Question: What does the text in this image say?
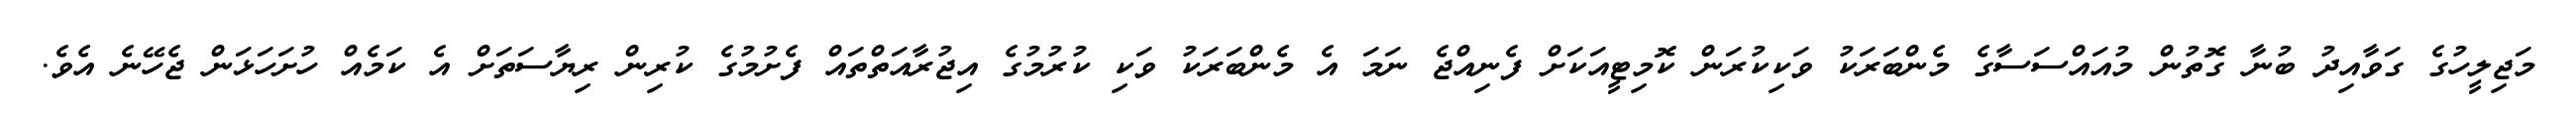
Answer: މަޖިލީހުގެ ގަވާއިދު ބުނާ ގޮތުން މުއައްސަސާގެ މެންބަރަކު ވަކިކުރަން ކޮމިޓީއަކަށް ފެނިއްޖެ ނަމަ އެ މެންބަރަކު ވަކި ކުރުމުގެ އިޖުރާއަތްތައް ފެށުމުގެ ކުރިން ރިޔާސަތަށް އެ ކަމެއް ހުށަހަޅަން ޖެހޭނެ އެވެ.